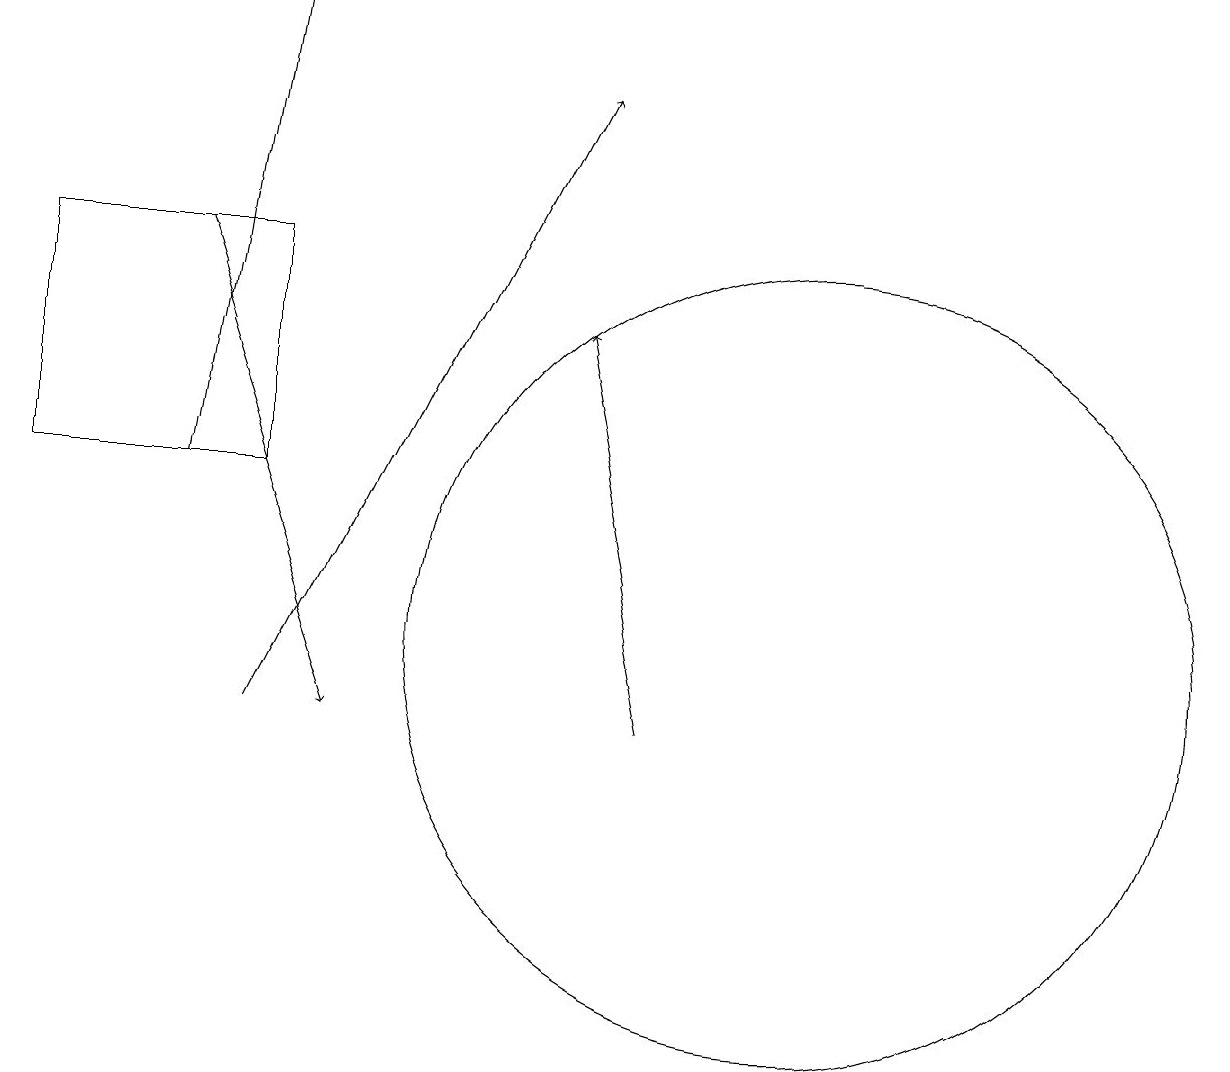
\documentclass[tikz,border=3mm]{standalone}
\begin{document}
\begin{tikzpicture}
\draw[->] (8,10) -- (7,15);
\draw[->] (2,13) -- (3,19);
\draw (3,16) rectangle (0,13);
\draw[->] (3,10) -- (7,18);
\draw[->] (2,16) -- (4,10);
\draw (10,11) circle (0);
\draw (10,11) circle (5);
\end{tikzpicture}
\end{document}